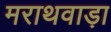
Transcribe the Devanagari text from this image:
मराथवाड़ा